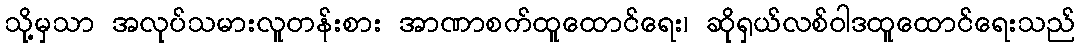
သို့မှသာ အလုပ်သမားလူတန်းစား အာဏာစက်ထူထောင်ရေး၊ ဆိုရှယ်လစ်ဝါဒထူထောင်ရေးသည်